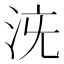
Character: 𣳌